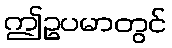
ဤဥပမာတွင်